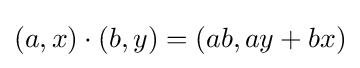
(a,x)\cdot (b,y)=(ab,ay+bx)